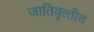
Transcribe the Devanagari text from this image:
जातिवृत्‍तीय